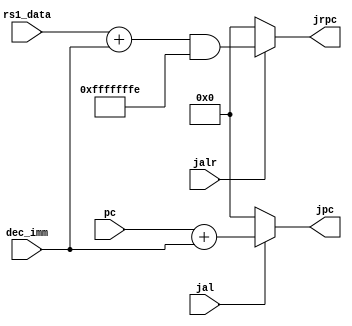
module jaddr_gen (
    input [31:0] pc,
    input        jal,
    input        jalr,
    input [31:0] dec_imm,
    input [31:0] rs1_data,
    output [31:0] jpc,
    output [31:0] jrpc,

);
    

    assign jpc  = jal  ? (pc+dec_imm) : 32'b0;
    assign jrpc = jalr ? ((rs1_data + dec_imm) & {{31{1'b1}},1'b0}): 32'b0;  //also need forwarding     this problem will be solved 
    

endmodule